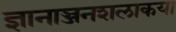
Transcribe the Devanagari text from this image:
ज्ञानाञ्जनशलाकया